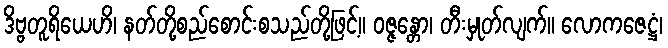
ဒိဗ္ဗတူရိယေဟိ၊ နတ်တို့စည်စောင်းစသည်တို့ဖြင့်။ ဝဇ္ဇန္တော၊ တီးမှုတ်လျက်။ လောကဇေဋ္ဌံ၊